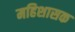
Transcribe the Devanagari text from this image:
महिशासक